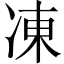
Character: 凍